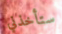
ستأخذني